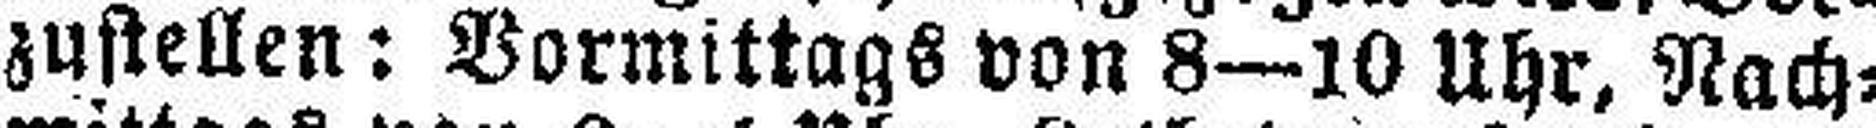
zustellen: Vormittags von 8—10 Uhr, Nach¬